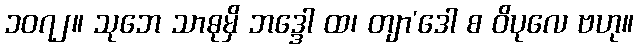
၁၀၇၂။ သုဘေ သာဓုမှိ ဘဒ္ဒေါ ထ၊ တျာ’ဒေါ စ ဝိပုလေ ဗဟု။